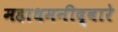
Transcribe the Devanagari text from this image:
महाधमनीद्वारे